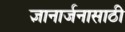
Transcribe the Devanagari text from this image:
ज्ञानार्जनासाठी